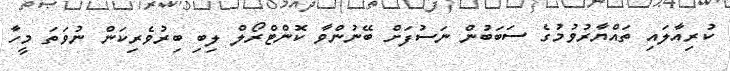
ކުރިއާލައި ތައްޔާރުވުމުގެ ސަބަބުން ނަސުފަށް ބޭނުންވާ ކޮންޓްރޯލް ލިބި ބިރުވެރިކަން ނުވަތަ މީހާ